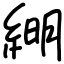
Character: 𦁠